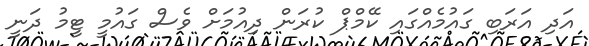
އަދި އަރަބި ގައުމެއްގައި ކޭމްޕް ކުރަން ދިއުމަށް ވެސް ގައުމީ ޓީމު ދަނީ